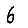
Digit: 6